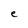
Character: e